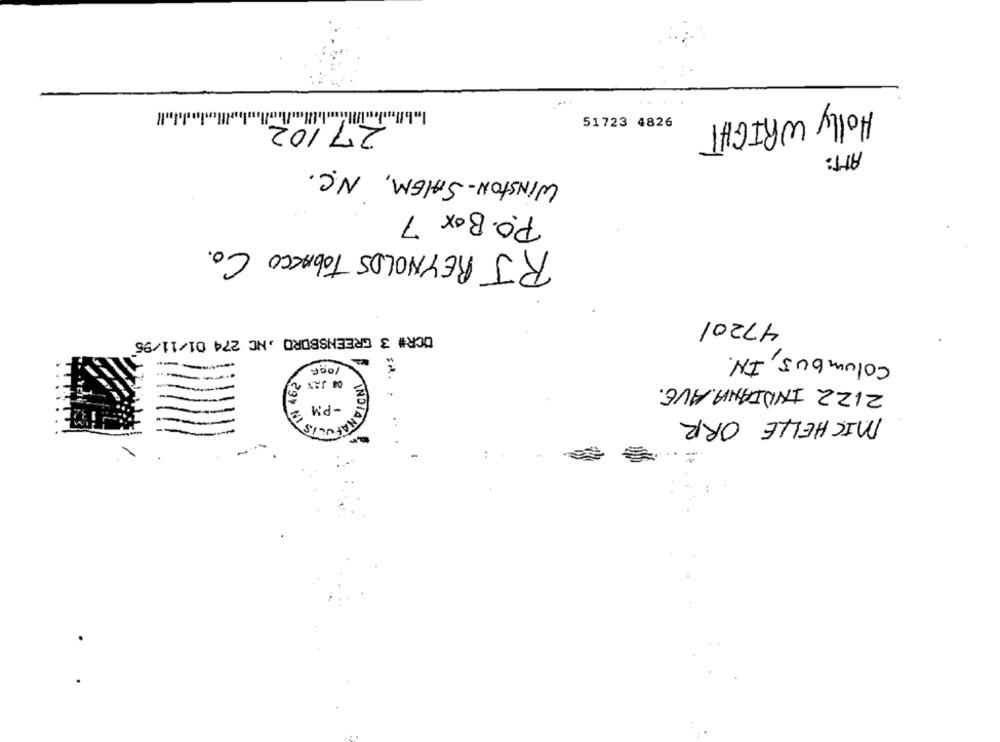
im !!
27 102
Holly WRIGHT
51723 4826
ATT:
WINSTON-SALEM, N.C.
P.O. Box 7
RJ REYNOLDS Tobacco Co.
47201
DCR# 3 GREENSBORO , NC 274 01/11/95
columbus, IN.
2122 INDIANA AVE.
MICHELLE ORR
CHAPUL
..